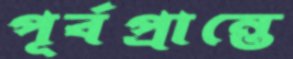
পূর্বপ্রান্তে